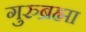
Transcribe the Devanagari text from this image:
गुरुब्रह्मा